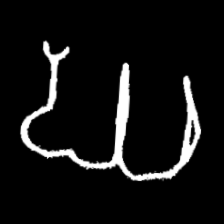
Pyu character \u2014 Myanmar letter: ဃ (romanized: gha)